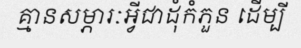
គ្មានសម្ភារៈអ្វីជាដុំកំភួន ដើម្បី